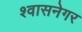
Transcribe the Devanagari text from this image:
श्वासनेगर